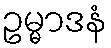
ဥမ္မာဒနံ